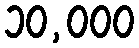
၁၀,၀၀၀